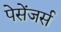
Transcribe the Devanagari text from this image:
पेसेंजर्स